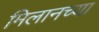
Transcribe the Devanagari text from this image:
मिलानच्या